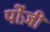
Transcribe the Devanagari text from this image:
पोंज़ी